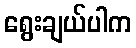
ရွေးချယ်ပါက